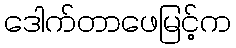
ဒေါက်တာဖေမြင့်က